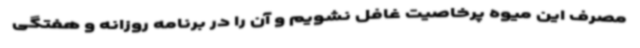
مصرف این میوه پرخاصیت غافل نشویم و آن را در برنامه روزانه و هفتگی